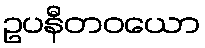
ဥပနီတဝယော